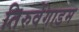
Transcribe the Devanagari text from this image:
तिरुवेंगाडम